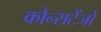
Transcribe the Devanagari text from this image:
कौन्सटेंजो